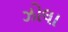
ઝોલા